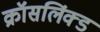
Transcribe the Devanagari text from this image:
क्रॉसलिंक्ड